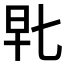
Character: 𰕴